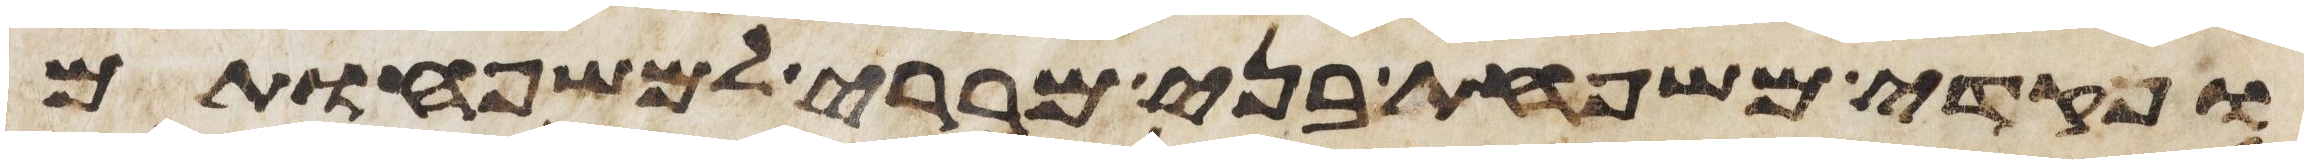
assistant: ופקדי משפחת בני מררי למשפחותם